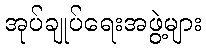
အုပ်ချုပ်ရေးအဖွဲ့များ